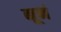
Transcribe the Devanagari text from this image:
नूनं